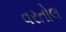
વરતોલ